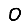
Digit: 0